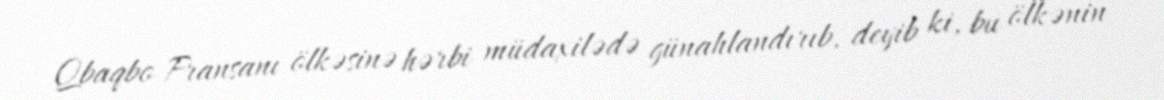
Qbaqbo Fransanı ölkəsinə hərbi müdaxilədə günahlandırıb, deyib ki, bu ölkənin